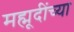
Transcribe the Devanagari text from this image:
मह्मूदींच्या